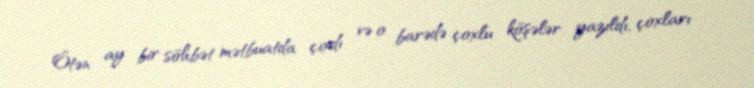
Ötən ay bir söhbət mətbuatda çıxdı və o barədə çoxlu köşələr yazıldı, çoxları